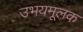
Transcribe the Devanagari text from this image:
उभयमूलक